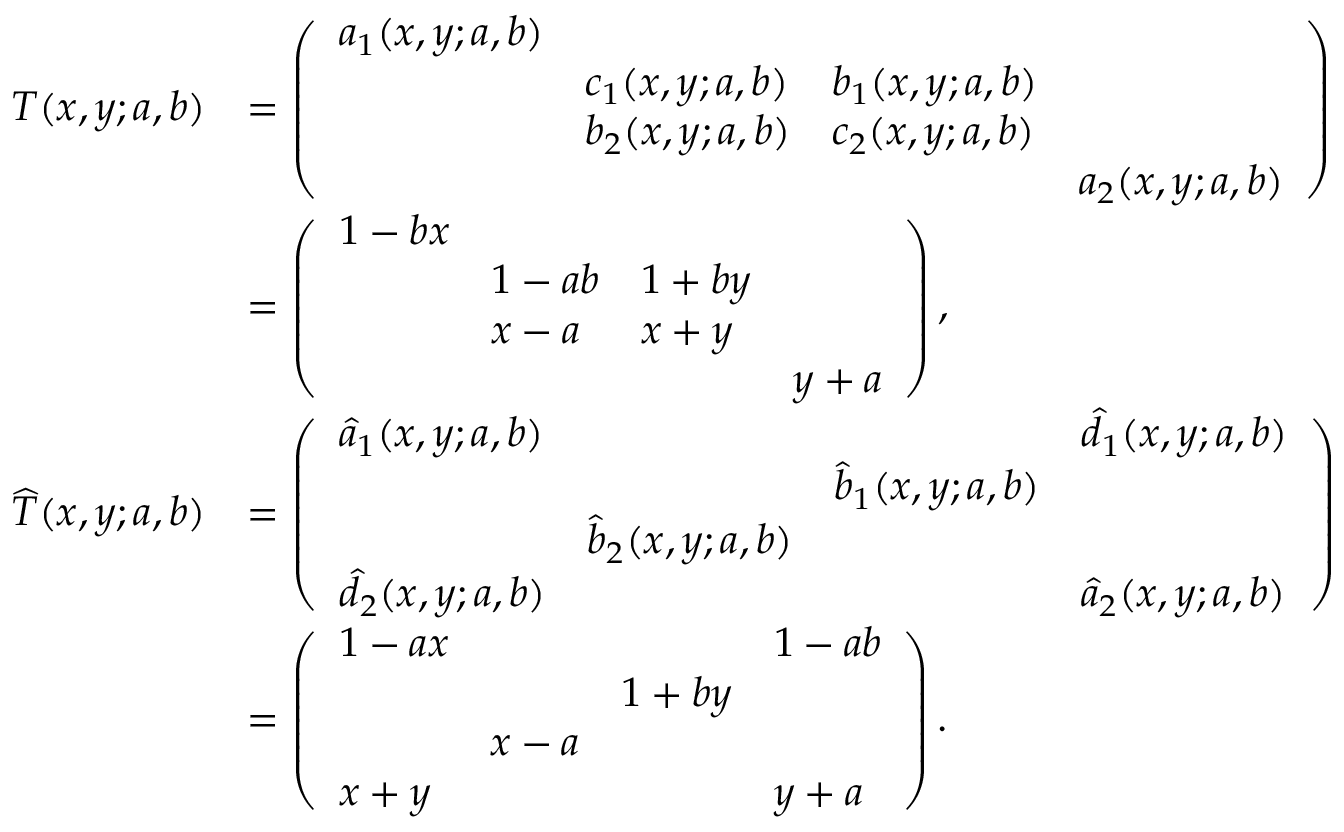
\begin{array} { r l } { T ( x , y ; a , b ) } & { = \left( \begin{array} { l l l l } { a _ { 1 } ( x , y ; a , b ) } & & & \\ & { c _ { 1 } ( x , y ; a , b ) } & { b _ { 1 } ( x , y ; a , b ) } & \\ & { b _ { 2 } ( x , y ; a , b ) } & { c _ { 2 } ( x , y ; a , b ) } & \\ & & & { a _ { 2 } ( x , y ; a , b ) } \end{array} \right) } \\ & { = \left( \begin{array} { l l l l } { 1 - b x } & & & \\ & { 1 - a b } & { 1 + b y } & \\ & { x - a } & { x + y } & \\ & & & { y + a } \end{array} \right) , } \\ { \widehat { T } ( x , y ; a , b ) } & { = \left( \begin{array} { l l l l } { \widehat { a } _ { 1 } ( x , y ; a , b ) } & & & { \widehat { d } _ { 1 } ( x , y ; a , b ) } \\ & & { \widehat { b } _ { 1 } ( x , y ; a , b ) } & \\ & { \widehat { b } _ { 2 } ( x , y ; a , b ) } & & \\ { \widehat { d } _ { 2 } ( x , y ; a , b ) } & & & { \widehat { a } _ { 2 } ( x , y ; a , b ) } \end{array} \right) } \\ & { = \left( \begin{array} { l l l l } { 1 - a x } & & & { 1 - a b } \\ & & { 1 + b y } & \\ & { x - a } & & \\ { x + y } & & & { y + a } \end{array} \right) . } \end{array}